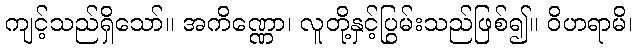
ကျင့်သည်ရှိသော်။ အကိဏ္ဏော၊ လူတို့နှင့်ပြွမ်းသည်ဖြစ်၍။ ဝိဟရာမိ၊